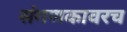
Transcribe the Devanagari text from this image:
संगणकावरच